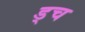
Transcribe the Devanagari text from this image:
ड्च